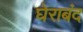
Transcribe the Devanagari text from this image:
घेराबंद